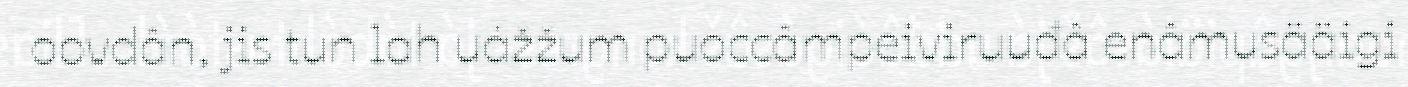
oovdân, jis tun lah uážžum puoccâmpeiviruuđâ enâmusääigi